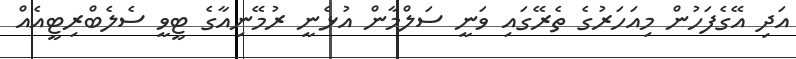
އަދި އޭގެފަހުން މިއަހަރުގެ ތެރޭގައި ވަނީ ސަލްމާން އުޅެނީ ރުމޭނިއާގެ ޓީވީ ސެލެބްރިޓީއެއް